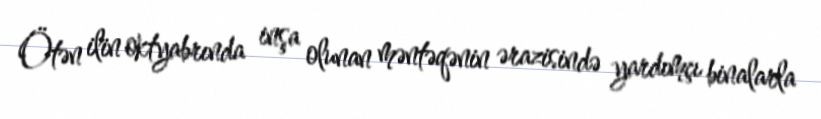
Ötən ilin oktyabrında inşa olunan məntəqənin ərazisində yardımçı binalarla